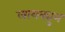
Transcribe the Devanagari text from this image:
लायक्युन